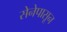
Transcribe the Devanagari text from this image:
सेनेपासून